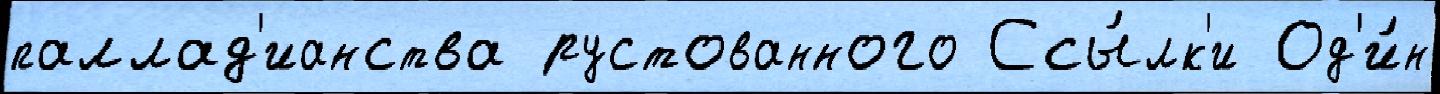
паллад'ианства рустованного Ссы́лк'и Од'и́н